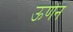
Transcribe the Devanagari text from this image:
ऊर्णन